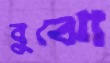
বুঝো